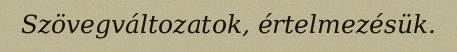
Szövegváltozatok, értelmezésük.